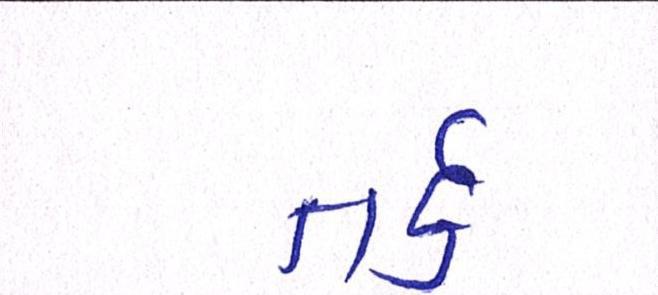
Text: તર્ક